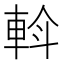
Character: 𨋼